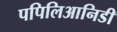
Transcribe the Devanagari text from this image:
पपिलिआनिडी